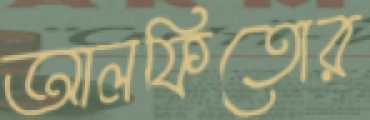
আলফিতোর